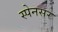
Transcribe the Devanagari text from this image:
स्पेनसर